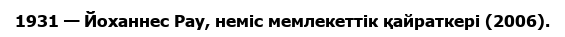
1931 — Йоханнес Рау, неміс мемлекеттік қайраткері (2006).